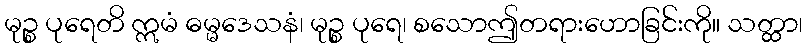
မုဉ္စ ပုရေတိ ဣမံ ဓမ္မဒေသနံ၊ မုဉ္စ ပုရေ၊ စသောဤတရားဟောခြင်းကို။ သတ္ထာ၊